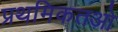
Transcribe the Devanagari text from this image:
प्रथमिकतओ